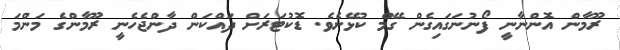
ރޫމާން އޮންނާނީ ފޯނުނަގައިގެން ގޭމް ކުޅޭށެވެ. ޑޮކުޓަރަށް ދައްކަން ދާންޖެހެނީ ރޫމާންގެ މަންމަ